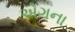
એગના